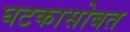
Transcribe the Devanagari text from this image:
घटकासोबत